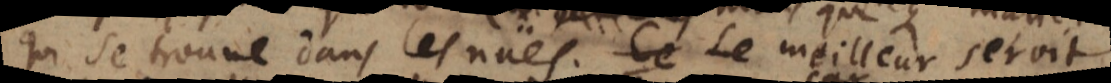
qui se trouve dans les nües. Le meilleur seroit